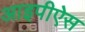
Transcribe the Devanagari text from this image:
आइपीऐस